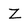
Character: Z